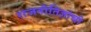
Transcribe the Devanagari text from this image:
राजनीतिज्ञांची